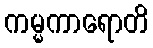
ကမ္မကာရောတိ